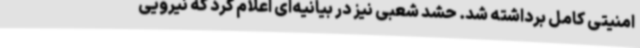
امنیتی کامل برداشته شد. حشد شعبی نیز در بیانیه‌ای اعلام کرد که نیرویی